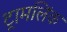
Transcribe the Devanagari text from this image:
ट्रामलिंक